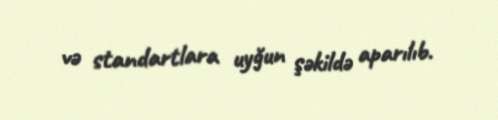
və standartlara uyğun şəkildə aparılıb.